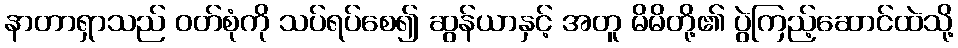
နာတာရှာသည် ဝတ်စုံကို သပ်ရပ်စေ၍ ဆွန်ယာနှင့် အတူ မိမိတို့၏ ပွဲကြည့်ဆောင်ထဲသို့